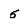
Character: 5